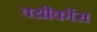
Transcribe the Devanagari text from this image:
क्य्रीकॉस